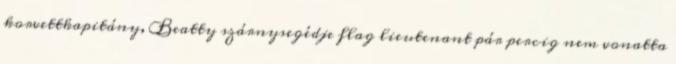
korvettkapitány, Beatty szárnysegédje flag lieutenant pár percig nem vonatta